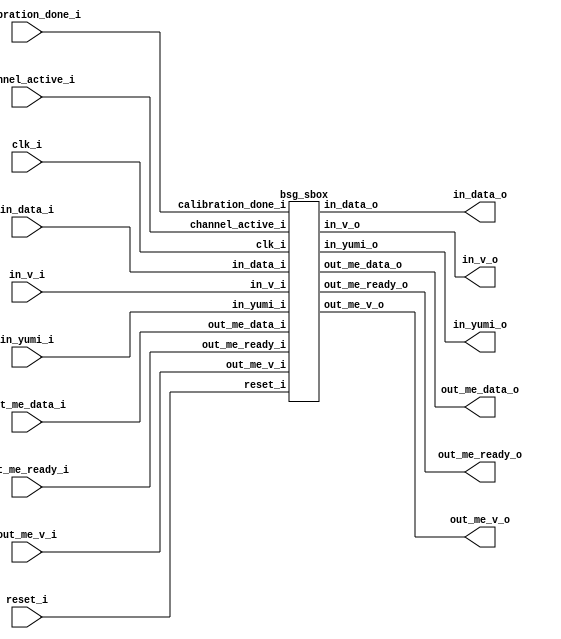
// This program was cloned from: https://github.com/chipsalliance/UHDM-integration-tests
// License: Apache License 2.0



module top
(
  clk_i,
  reset_i,
  calibration_done_i,
  channel_active_i,
  in_v_i,
  in_data_i,
  in_yumi_o,
  in_v_o,
  in_data_o,
  in_yumi_i,
  out_me_v_i,
  out_me_data_i,
  out_me_ready_o,
  out_me_v_o,
  out_me_data_o,
  out_me_ready_i
);

  input [3:0] channel_active_i;
  input [3:0] in_v_i;
  input [63:0] in_data_i;
  output [3:0] in_yumi_o;
  output [3:0] in_v_o;
  output [63:0] in_data_o;
  input [3:0] in_yumi_i;
  input [3:0] out_me_v_i;
  input [63:0] out_me_data_i;
  output [3:0] out_me_ready_o;
  output [3:0] out_me_v_o;
  output [63:0] out_me_data_o;
  input [3:0] out_me_ready_i;
  input clk_i;
  input reset_i;
  input calibration_done_i;

  bsg_sbox
  wrapper
  (
    .channel_active_i(channel_active_i),
    .in_v_i(in_v_i),
    .in_data_i(in_data_i),
    .in_yumi_o(in_yumi_o),
    .in_v_o(in_v_o),
    .in_data_o(in_data_o),
    .in_yumi_i(in_yumi_i),
    .out_me_v_i(out_me_v_i),
    .out_me_data_i(out_me_data_i),
    .out_me_ready_o(out_me_ready_o),
    .out_me_v_o(out_me_v_o),
    .out_me_data_o(out_me_data_o),
    .out_me_ready_i(out_me_ready_i),
    .clk_i(clk_i),
    .reset_i(reset_i),
    .calibration_done_i(calibration_done_i)
  );


endmodule



module bsg_scatter_gather_vec_size_lp4
(
  vec_i,
  fwd_o,
  fwd_datapath_o,
  bk_o,
  bk_datapath_o
);

  input [3:0] vec_i;
  output [7:0] fwd_o;
  output [7:0] fwd_datapath_o;
  output [7:0] bk_o;
  output [7:0] bk_datapath_o;
  wire [7:0] fwd_o,fwd_datapath_o,bk_o,bk_datapath_o;
  wire N0,N1,N2,N3,N4,N5,N6,N7,N8,N9,N10,N11,N12,N13,N14,N15,N16,N17,N18,N19,N20,N21,
  N22,N23,N24,N25,N26,N27,N28,N29,N30,N31,N32,N33,N34,N35,N36,N37,N38,N39,N40,N41,
  N42,N43,N44,N45,N46,N47,N48,N49,N50,N51,N52,N53,N54,N55,N56,N57,N58,N59,N60,N61;
  assign fwd_datapath_o[5] = 1'b0;
  assign fwd_datapath_o[6] = 1'b0;
  assign fwd_datapath_o[7] = 1'b0;
  assign bk_datapath_o[0] = 1'b0;
  assign bk_datapath_o[1] = 1'b0;
  assign bk_datapath_o[3] = 1'b0;
  assign N20 = N16 & N17;
  assign N21 = N18 & N19;
  assign N22 = N20 & N21;
  assign N23 = vec_i[3] | vec_i[2];
  assign N24 = vec_i[1] | N19;
  assign N25 = N23 | N24;
  assign N27 = N18 | vec_i[0];
  assign N28 = N23 | N27;
  assign N30 = N18 | N19;
  assign N31 = N23 | N30;
  assign N33 = vec_i[3] | N17;
  assign N34 = vec_i[1] | vec_i[0];
  assign N35 = N33 | N34;
  assign N37 = N33 | N24;
  assign N39 = N33 | N27;
  assign N41 = N33 | N30;
  assign N43 = N16 | vec_i[2];
  assign N44 = N43 | N34;
  assign N46 = N43 | N24;
  assign N48 = N43 | N27;
  assign N50 = N43 | N30;
  assign N52 = N16 | N17;
  assign N53 = N52 | N34;
  assign N55 = N52 | N24;
  assign N57 = N52 | N27;
  assign N59 = vec_i[3] & vec_i[2];
  assign N60 = vec_i[1] & vec_i[0];
  assign N61 = N59 & N60;
  assign bk_o = (N0)? { 1'b1, 1'b1, 1'b1, 1'b1, 1'b1, 1'b1, 1'b1, 1'b1 } : 
                (N1)? { 1'b1, 1'b1, 1'b1, 1'b1, 1'b1, 1'b1, 1'b0, 1'b0 } : 
                (N2)? { 1'b1, 1'b1, 1'b1, 1'b1, 1'b0, 1'b0, 1'b1, 1'b1 } : 
                (N3)? { 1'b1, 1'b1, 1'b1, 1'b1, 1'b0, 1'b1, 1'b0, 1'b0 } : 
                (N4)? { 1'b1, 1'b1, 1'b0, 1'b0, 1'b1, 1'b1, 1'b1, 1'b1 } : 
                (N5)? { 1'b1, 1'b1, 1'b0, 1'b1, 1'b1, 1'b1, 1'b0, 1'b0 } : 
                (N6)? { 1'b1, 1'b1, 1'b0, 1'b1, 1'b0, 1'b0, 1'b1, 1'b1 } : 
                (N7)? { 1'b1, 1'b1, 1'b1, 1'b0, 1'b0, 1'b1, 1'b0, 1'b0 } : 
                (N8)? { 1'b0, 1'b0, 1'b1, 1'b1, 1'b1, 1'b1, 1'b1, 1'b1 } : 
                (N9)? { 1'b0, 1'b1, 1'b1, 1'b1, 1'b1, 1'b1, 1'b0, 1'b0 } : 
                (N10)? { 1'b0, 1'b1, 1'b1, 1'b1, 1'b0, 1'b0, 1'b1, 1'b1 } : 
                (N11)? { 1'b1, 1'b0, 1'b1, 1'b1, 1'b0, 1'b1, 1'b0, 1'b0 } : 
                (N12)? { 1'b0, 1'b1, 1'b0, 1'b0, 1'b1, 1'b1, 1'b1, 1'b1 } : 
                (N13)? { 1'b1, 1'b0, 1'b0, 1'b1, 1'b1, 1'b1, 1'b0, 1'b0 } : 
                (N14)? { 1'b1, 1'b0, 1'b0, 1'b1, 1'b0, 1'b0, 1'b1, 1'b1 } : 
                (N15)? { 1'b1, 1'b1, 1'b1, 1'b0, 1'b0, 1'b1, 1'b0, 1'b0 } : 1'b0;
  assign N0 = N22;
  assign N1 = N26;
  assign N2 = N29;
  assign N3 = N32;
  assign N4 = N36;
  assign N5 = N38;
  assign N6 = N40;
  assign N7 = N42;
  assign N8 = N45;
  assign N9 = N47;
  assign N10 = N49;
  assign N11 = N51;
  assign N12 = N54;
  assign N13 = N56;
  assign N14 = N58;
  assign N15 = N61;
  assign { bk_datapath_o[7:4], bk_datapath_o[2:2] } = (N0)? { 1'b0, 1'b0, 1'b0, 1'b0, 1'b0 } : 
                                                      (N1)? { 1'b0, 1'b0, 1'b0, 1'b0, 1'b0 } : 
                                                      (N2)? { 1'b0, 1'b0, 1'b0, 1'b0, 1'b0 } : 
                                                      (N3)? { 1'b0, 1'b0, 1'b0, 1'b0, 1'b1 } : 
                                                      (N4)? { 1'b0, 1'b0, 1'b0, 1'b0, 1'b0 } : 
                                                      (N5)? { 1'b0, 1'b0, 1'b0, 1'b1, 1'b0 } : 
                                                      (N6)? { 1'b0, 1'b0, 1'b0, 1'b1, 1'b0 } : 
                                                      (N7)? { 1'b0, 1'b0, 1'b1, 1'b0, 1'b1 } : 
                                                      (N8)? { 1'b0, 1'b0, 1'b0, 1'b0, 1'b0 } : 
                                                      (N9)? { 1'b0, 1'b1, 1'b0, 1'b0, 1'b0 } : 
                                                      (N10)? { 1'b0, 1'b1, 1'b0, 1'b0, 1'b0 } : 
                                                      (N11)? { 1'b1, 1'b0, 1'b0, 1'b0, 1'b1 } : 
                                                      (N12)? { 1'b0, 1'b1, 1'b0, 1'b0, 1'b0 } : 
                                                      (N13)? { 1'b1, 1'b0, 1'b0, 1'b1, 1'b0 } : 
                                                      (N14)? { 1'b1, 1'b0, 1'b0, 1'b1, 1'b0 } : 
                                                      (N15)? { 1'b1, 1'b1, 1'b1, 1'b0, 1'b1 } : 1'b0;
  assign fwd_o = (N0)? { 1'b1, 1'b1, 1'b1, 1'b1, 1'b1, 1'b1, 1'b1, 1'b1 } : 
                 (N1)? { 1'b1, 1'b1, 1'b1, 1'b1, 1'b1, 1'b1, 1'b0, 1'b0 } : 
                 (N2)? { 1'b1, 1'b1, 1'b1, 1'b1, 1'b1, 1'b1, 1'b0, 1'b1 } : 
                 (N3)? { 1'b1, 1'b1, 1'b1, 1'b1, 1'b0, 1'b1, 1'b0, 1'b0 } : 
                 (N4)? { 1'b1, 1'b1, 1'b1, 1'b1, 1'b1, 1'b1, 1'b1, 1'b0 } : 
                 (N5)? { 1'b1, 1'b1, 1'b1, 1'b1, 1'b1, 1'b0, 1'b0, 1'b0 } : 
                 (N6)? { 1'b1, 1'b1, 1'b1, 1'b1, 1'b1, 1'b0, 1'b0, 1'b1 } : 
                 (N7)? { 1'b1, 1'b1, 1'b1, 1'b0, 1'b0, 1'b1, 1'b0, 1'b0 } : 
                 (N8)? { 1'b1, 1'b0, 1'b1, 1'b0, 1'b1, 1'b0, 1'b1, 1'b1 } : 
                 (N9)? { 1'b1, 1'b0, 1'b1, 1'b0, 1'b1, 1'b1, 1'b0, 1'b0 } : 
                 (N10)? { 1'b1, 1'b0, 1'b1, 1'b0, 1'b1, 1'b1, 1'b0, 1'b1 } : 
                 (N11)? { 1'b1, 1'b0, 1'b1, 1'b1, 1'b0, 1'b1, 1'b0, 1'b0 } : 
                 (N12)? { 1'b0, 1'b1, 1'b0, 1'b1, 1'b1, 1'b1, 1'b1, 1'b0 } : 
                 (N13)? { 1'b0, 1'b1, 1'b1, 1'b1, 1'b1, 1'b0, 1'b0, 1'b0 } : 
                 (N14)? { 1'b0, 1'b0, 1'b1, 1'b1, 1'b1, 1'b0, 1'b0, 1'b1 } : 
                 (N15)? { 1'b1, 1'b1, 1'b1, 1'b0, 1'b0, 1'b1, 1'b0, 1'b0 } : 1'b0;
  assign fwd_datapath_o[4:0] = (N0)? { 1'b0, 1'b0, 1'b0, 1'b0, 1'b0 } : 
                               (N1)? { 1'b0, 1'b0, 1'b0, 1'b0, 1'b0 } : 
                               (N2)? { 1'b0, 1'b0, 1'b0, 1'b0, 1'b1 } : 
                               (N3)? { 1'b0, 1'b0, 1'b0, 1'b0, 1'b0 } : 
                               (N4)? { 1'b0, 1'b0, 1'b0, 1'b1, 1'b0 } : 
                               (N5)? { 1'b0, 1'b0, 1'b1, 1'b0, 1'b0 } : 
                               (N6)? { 1'b0, 1'b0, 1'b1, 1'b0, 1'b1 } : 
                               (N7)? { 1'b0, 1'b0, 1'b0, 1'b0, 1'b0 } : 
                               (N8)? { 1'b0, 1'b0, 1'b0, 1'b1, 1'b1 } : 
                               (N9)? { 1'b0, 1'b1, 1'b0, 1'b0, 1'b0 } : 
                               (N10)? { 1'b0, 1'b1, 1'b0, 1'b0, 1'b1 } : 
                               (N11)? { 1'b1, 1'b0, 1'b0, 1'b0, 1'b0 } : 
                               (N12)? { 1'b0, 1'b1, 1'b0, 1'b1, 1'b0 } : 
                               (N13)? { 1'b1, 1'b0, 1'b1, 1'b0, 1'b0 } : 
                               (N14)? { 1'b1, 1'b0, 1'b1, 1'b0, 1'b1 } : 
                               (N15)? { 1'b0, 1'b0, 1'b0, 1'b0, 1'b0 } : 1'b0;
  assign N16 = ~vec_i[3];
  assign N17 = ~vec_i[2];
  assign N18 = ~vec_i[1];
  assign N19 = ~vec_i[0];
  assign N26 = ~N25;
  assign N29 = ~N28;
  assign N32 = ~N31;
  assign N36 = ~N35;
  assign N38 = ~N37;
  assign N40 = ~N39;
  assign N42 = ~N41;
  assign N45 = ~N44;
  assign N47 = ~N46;
  assign N49 = ~N48;
  assign N51 = ~N50;
  assign N54 = ~N53;
  assign N56 = ~N55;
  assign N58 = ~N57;

endmodule



module bsg_sbox
(
  clk_i,
  reset_i,
  calibration_done_i,
  channel_active_i,
  in_v_i,
  in_data_i,
  in_yumi_o,
  in_v_o,
  in_data_o,
  in_yumi_i,
  out_me_v_i,
  out_me_data_i,
  out_me_ready_o,
  out_me_v_o,
  out_me_data_o,
  out_me_ready_i
);

  input [3:0] channel_active_i;
  input [3:0] in_v_i;
  input [63:0] in_data_i;
  output [3:0] in_yumi_o;
  output [3:0] in_v_o;
  output [63:0] in_data_o;
  input [3:0] in_yumi_i;
  input [3:0] out_me_v_i;
  input [63:0] out_me_data_i;
  output [3:0] out_me_ready_o;
  output [3:0] out_me_v_o;
  output [63:0] out_me_data_o;
  input [3:0] out_me_ready_i;
  input clk_i;
  input reset_i;
  input calibration_done_i;
  wire [3:0] in_yumi_o,in_v_o,out_me_ready_o,out_me_v_o;
  wire [63:0] in_data_o,out_me_data_o;
  wire N0,N1,N2,N3,N4,N5,N6,N7,N8,N9,N10,N11,in_data_i_3__15_,in_data_i_3__14_,
  in_data_i_3__13_,in_data_i_3__12_,in_data_i_3__11_,in_data_i_3__10_,in_data_i_3__9_,
  in_data_i_3__8_,in_data_i_3__7_,in_data_i_3__6_,in_data_i_3__5_,in_data_i_3__4_,
  in_data_i_3__3_,in_data_i_3__2_,in_data_i_3__1_,in_data_i_3__0_,
  out_me_data_i_0__15_,out_me_data_i_0__14_,out_me_data_i_0__13_,out_me_data_i_0__12_,
  out_me_data_i_0__11_,out_me_data_i_0__10_,out_me_data_i_0__9_,out_me_data_i_0__8_,
  out_me_data_i_0__7_,out_me_data_i_0__6_,out_me_data_i_0__5_,out_me_data_i_0__4_,
  out_me_data_i_0__3_,out_me_data_i_0__2_,out_me_data_i_0__1_,out_me_data_i_0__0_,
  bk_dpath_sel_r_2,N12,N13,N14,N15,\sbox_0_.fi1hot.fwd_sel_one_hot_r_0__3_ ,
  \sbox_0_.fi1hot.fwd_sel_one_hot_r_0__2_ ,\sbox_0_.fi1hot.fwd_sel_one_hot_r_0__1_ ,
  \sbox_0_.fi1hot.fwd_sel_one_hot_r_0__0_ ,N16,N17,N18,N19,N20,N21,N22,N23,N24,N25,N26,N27,N28,N29,
  N30,N31,N32,N33,N34,N35,N36,N37,N38,N39,N40,N41,
  \sbox_1_.fi1hot.fwd_sel_one_hot_r_1__3_ ,\sbox_1_.fi1hot.fwd_sel_one_hot_r_1__2_ ,
  \sbox_1_.fi1hot.fwd_sel_one_hot_r_1__1_ ,\sbox_1_.fi1hot.fwd_sel_one_hot_r_1__0_ ,N42,N43,N44,N45,N46,N47,N48,
  N49,N50,N51,N52,N53,N54,N55,N56,N57,N58,N59,N60,N61,N62,N63,
  \sbox_2_.fi1hot.fwd_sel_one_hot_r_2__3_ ,\sbox_2_.fi1hot.fwd_sel_one_hot_r_2__2_ ,
  \sbox_2_.fi1hot.fwd_sel_one_hot_r_2__1_ ,\sbox_2_.fi1hot.fwd_sel_one_hot_r_2__0_ ,N64,N65,N66,N67,
  N68,N69,N70,N71,N72,N73,N74,N75,N76,N77,N78,N79,N80,N81,N82,N83,N84,N85,
  \sbox_3_.fi1hot.fwd_sel_one_hot_r_3__3_ ,\sbox_3_.fi1hot.fwd_sel_one_hot_r_3__2_ ,
  \sbox_3_.fi1hot.fwd_sel_one_hot_r_3__1_ ,\sbox_3_.fi1hot.fwd_sel_one_hot_r_3__0_ ,N86,
  N87,N88,N89,N90,N91,N92,N93,N94,N95,N96,N97,N98,N99,N100,N101,N102,N103,N104,
  N105,N106,N107,N108,N109,N110,N111,N112,N113,N114,N115,N116,N117,N118,N119,N120,
  N121,N122,N123,N124,N125,N126,N127,N128,N129,N130,N131;
  wire [7:0] fwd_sel,fwd_dpath_sel,bk_sel,bk_dpath_sel,fwd_sel_r,bk_sel_r;
  wire [4:0] fwd_dpath_sel_r;
  wire [7:4] bk_dpath_sel_r;
  reg fwd_sel_r_7_sv2v_reg,fwd_sel_r_6_sv2v_reg,fwd_sel_r_5_sv2v_reg,
  fwd_sel_r_4_sv2v_reg,fwd_sel_r_3_sv2v_reg,fwd_sel_r_2_sv2v_reg,fwd_sel_r_1_sv2v_reg,
  fwd_sel_r_0_sv2v_reg,fwd_dpath_sel_r_4_sv2v_reg,fwd_dpath_sel_r_3_sv2v_reg,
  fwd_dpath_sel_r_2_sv2v_reg,fwd_dpath_sel_r_1_sv2v_reg,fwd_dpath_sel_r_0_sv2v_reg,
  bk_sel_r_7_sv2v_reg,bk_sel_r_6_sv2v_reg,bk_sel_r_5_sv2v_reg,bk_sel_r_4_sv2v_reg,
  bk_sel_r_3_sv2v_reg,bk_sel_r_2_sv2v_reg,bk_sel_r_1_sv2v_reg,bk_sel_r_0_sv2v_reg,
  bk_dpath_sel_r_7_sv2v_reg,bk_dpath_sel_r_6_sv2v_reg,bk_dpath_sel_r_5_sv2v_reg,
  bk_dpath_sel_r_4_sv2v_reg,bk_dpath_sel_r_2_sv2v_reg,
  \sbox_0_.fi1hot.fwd_sel_one_hot_r_0__3__sv2v_reg ,\sbox_0_.fi1hot.fwd_sel_one_hot_r_0__2__sv2v_reg ,
  \sbox_0_.fi1hot.fwd_sel_one_hot_r_0__1__sv2v_reg ,\sbox_0_.fi1hot.fwd_sel_one_hot_r_0__0__sv2v_reg ,
  \sbox_1_.fi1hot.fwd_sel_one_hot_r_1__3__sv2v_reg ,
  \sbox_1_.fi1hot.fwd_sel_one_hot_r_1__2__sv2v_reg ,\sbox_1_.fi1hot.fwd_sel_one_hot_r_1__1__sv2v_reg ,
  \sbox_1_.fi1hot.fwd_sel_one_hot_r_1__0__sv2v_reg ,
  \sbox_2_.fi1hot.fwd_sel_one_hot_r_2__3__sv2v_reg ,\sbox_2_.fi1hot.fwd_sel_one_hot_r_2__2__sv2v_reg ,
  \sbox_2_.fi1hot.fwd_sel_one_hot_r_2__1__sv2v_reg ,\sbox_2_.fi1hot.fwd_sel_one_hot_r_2__0__sv2v_reg ,
  \sbox_3_.fi1hot.fwd_sel_one_hot_r_3__3__sv2v_reg ,
  \sbox_3_.fi1hot.fwd_sel_one_hot_r_3__2__sv2v_reg ,\sbox_3_.fi1hot.fwd_sel_one_hot_r_3__1__sv2v_reg ,
  \sbox_3_.fi1hot.fwd_sel_one_hot_r_3__0__sv2v_reg ;
  assign fwd_sel_r[7] = fwd_sel_r_7_sv2v_reg;
  assign fwd_sel_r[6] = fwd_sel_r_6_sv2v_reg;
  assign fwd_sel_r[5] = fwd_sel_r_5_sv2v_reg;
  assign fwd_sel_r[4] = fwd_sel_r_4_sv2v_reg;
  assign fwd_sel_r[3] = fwd_sel_r_3_sv2v_reg;
  assign fwd_sel_r[2] = fwd_sel_r_2_sv2v_reg;
  assign fwd_sel_r[1] = fwd_sel_r_1_sv2v_reg;
  assign fwd_sel_r[0] = fwd_sel_r_0_sv2v_reg;
  assign fwd_dpath_sel_r[4] = fwd_dpath_sel_r_4_sv2v_reg;
  assign fwd_dpath_sel_r[3] = fwd_dpath_sel_r_3_sv2v_reg;
  assign fwd_dpath_sel_r[2] = fwd_dpath_sel_r_2_sv2v_reg;
  assign fwd_dpath_sel_r[1] = fwd_dpath_sel_r_1_sv2v_reg;
  assign fwd_dpath_sel_r[0] = fwd_dpath_sel_r_0_sv2v_reg;
  assign bk_sel_r[7] = bk_sel_r_7_sv2v_reg;
  assign bk_sel_r[6] = bk_sel_r_6_sv2v_reg;
  assign bk_sel_r[5] = bk_sel_r_5_sv2v_reg;
  assign bk_sel_r[4] = bk_sel_r_4_sv2v_reg;
  assign bk_sel_r[3] = bk_sel_r_3_sv2v_reg;
  assign bk_sel_r[2] = bk_sel_r_2_sv2v_reg;
  assign bk_sel_r[1] = bk_sel_r_1_sv2v_reg;
  assign bk_sel_r[0] = bk_sel_r_0_sv2v_reg;
  assign bk_dpath_sel_r[7] = bk_dpath_sel_r_7_sv2v_reg;
  assign bk_dpath_sel_r[6] = bk_dpath_sel_r_6_sv2v_reg;
  assign bk_dpath_sel_r[5] = bk_dpath_sel_r_5_sv2v_reg;
  assign bk_dpath_sel_r[4] = bk_dpath_sel_r_4_sv2v_reg;
  assign bk_dpath_sel_r_2 = bk_dpath_sel_r_2_sv2v_reg;
  assign \sbox_0_.fi1hot.fwd_sel_one_hot_r_0__3_  = \sbox_0_.fi1hot.fwd_sel_one_hot_r_0__3__sv2v_reg ;
  assign \sbox_0_.fi1hot.fwd_sel_one_hot_r_0__2_  = \sbox_0_.fi1hot.fwd_sel_one_hot_r_0__2__sv2v_reg ;
  assign \sbox_0_.fi1hot.fwd_sel_one_hot_r_0__1_  = \sbox_0_.fi1hot.fwd_sel_one_hot_r_0__1__sv2v_reg ;
  assign \sbox_0_.fi1hot.fwd_sel_one_hot_r_0__0_  = \sbox_0_.fi1hot.fwd_sel_one_hot_r_0__0__sv2v_reg ;
  assign \sbox_1_.fi1hot.fwd_sel_one_hot_r_1__3_  = \sbox_1_.fi1hot.fwd_sel_one_hot_r_1__3__sv2v_reg ;
  assign \sbox_1_.fi1hot.fwd_sel_one_hot_r_1__2_  = \sbox_1_.fi1hot.fwd_sel_one_hot_r_1__2__sv2v_reg ;
  assign \sbox_1_.fi1hot.fwd_sel_one_hot_r_1__1_  = \sbox_1_.fi1hot.fwd_sel_one_hot_r_1__1__sv2v_reg ;
  assign \sbox_1_.fi1hot.fwd_sel_one_hot_r_1__0_  = \sbox_1_.fi1hot.fwd_sel_one_hot_r_1__0__sv2v_reg ;
  assign \sbox_2_.fi1hot.fwd_sel_one_hot_r_2__3_  = \sbox_2_.fi1hot.fwd_sel_one_hot_r_2__3__sv2v_reg ;
  assign \sbox_2_.fi1hot.fwd_sel_one_hot_r_2__2_  = \sbox_2_.fi1hot.fwd_sel_one_hot_r_2__2__sv2v_reg ;
  assign \sbox_2_.fi1hot.fwd_sel_one_hot_r_2__1_  = \sbox_2_.fi1hot.fwd_sel_one_hot_r_2__1__sv2v_reg ;
  assign \sbox_2_.fi1hot.fwd_sel_one_hot_r_2__0_  = \sbox_2_.fi1hot.fwd_sel_one_hot_r_2__0__sv2v_reg ;
  assign \sbox_3_.fi1hot.fwd_sel_one_hot_r_3__3_  = \sbox_3_.fi1hot.fwd_sel_one_hot_r_3__3__sv2v_reg ;
  assign \sbox_3_.fi1hot.fwd_sel_one_hot_r_3__2_  = \sbox_3_.fi1hot.fwd_sel_one_hot_r_3__2__sv2v_reg ;
  assign \sbox_3_.fi1hot.fwd_sel_one_hot_r_3__1_  = \sbox_3_.fi1hot.fwd_sel_one_hot_r_3__1__sv2v_reg ;
  assign \sbox_3_.fi1hot.fwd_sel_one_hot_r_3__0_  = \sbox_3_.fi1hot.fwd_sel_one_hot_r_3__0__sv2v_reg ;
  assign in_data_i_3__15_ = in_data_i[63];
  assign in_data_o[63] = in_data_i_3__15_;
  assign in_data_i_3__14_ = in_data_i[62];
  assign in_data_o[62] = in_data_i_3__14_;
  assign in_data_i_3__13_ = in_data_i[61];
  assign in_data_o[61] = in_data_i_3__13_;
  assign in_data_i_3__12_ = in_data_i[60];
  assign in_data_o[60] = in_data_i_3__12_;
  assign in_data_i_3__11_ = in_data_i[59];
  assign in_data_o[59] = in_data_i_3__11_;
  assign in_data_i_3__10_ = in_data_i[58];
  assign in_data_o[58] = in_data_i_3__10_;
  assign in_data_i_3__9_ = in_data_i[57];
  assign in_data_o[57] = in_data_i_3__9_;
  assign in_data_i_3__8_ = in_data_i[56];
  assign in_data_o[56] = in_data_i_3__8_;
  assign in_data_i_3__7_ = in_data_i[55];
  assign in_data_o[55] = in_data_i_3__7_;
  assign in_data_i_3__6_ = in_data_i[54];
  assign in_data_o[54] = in_data_i_3__6_;
  assign in_data_i_3__5_ = in_data_i[53];
  assign in_data_o[53] = in_data_i_3__5_;
  assign in_data_i_3__4_ = in_data_i[52];
  assign in_data_o[52] = in_data_i_3__4_;
  assign in_data_i_3__3_ = in_data_i[51];
  assign in_data_o[51] = in_data_i_3__3_;
  assign in_data_i_3__2_ = in_data_i[50];
  assign in_data_o[50] = in_data_i_3__2_;
  assign in_data_i_3__1_ = in_data_i[49];
  assign in_data_o[49] = in_data_i_3__1_;
  assign in_data_i_3__0_ = in_data_i[48];
  assign in_data_o[48] = in_data_i_3__0_;
  assign out_me_data_i_0__15_ = out_me_data_i[15];
  assign out_me_data_o[15] = out_me_data_i_0__15_;
  assign out_me_data_i_0__14_ = out_me_data_i[14];
  assign out_me_data_o[14] = out_me_data_i_0__14_;
  assign out_me_data_i_0__13_ = out_me_data_i[13];
  assign out_me_data_o[13] = out_me_data_i_0__13_;
  assign out_me_data_i_0__12_ = out_me_data_i[12];
  assign out_me_data_o[12] = out_me_data_i_0__12_;
  assign out_me_data_i_0__11_ = out_me_data_i[11];
  assign out_me_data_o[11] = out_me_data_i_0__11_;
  assign out_me_data_i_0__10_ = out_me_data_i[10];
  assign out_me_data_o[10] = out_me_data_i_0__10_;
  assign out_me_data_i_0__9_ = out_me_data_i[9];
  assign out_me_data_o[9] = out_me_data_i_0__9_;
  assign out_me_data_i_0__8_ = out_me_data_i[8];
  assign out_me_data_o[8] = out_me_data_i_0__8_;
  assign out_me_data_i_0__7_ = out_me_data_i[7];
  assign out_me_data_o[7] = out_me_data_i_0__7_;
  assign out_me_data_i_0__6_ = out_me_data_i[6];
  assign out_me_data_o[6] = out_me_data_i_0__6_;
  assign out_me_data_i_0__5_ = out_me_data_i[5];
  assign out_me_data_o[5] = out_me_data_i_0__5_;
  assign out_me_data_i_0__4_ = out_me_data_i[4];
  assign out_me_data_o[4] = out_me_data_i_0__4_;
  assign out_me_data_i_0__3_ = out_me_data_i[3];
  assign out_me_data_o[3] = out_me_data_i_0__3_;
  assign out_me_data_i_0__2_ = out_me_data_i[2];
  assign out_me_data_o[2] = out_me_data_i_0__2_;
  assign out_me_data_i_0__1_ = out_me_data_i[1];
  assign out_me_data_o[1] = out_me_data_i_0__1_;
  assign out_me_data_i_0__0_ = out_me_data_i[0];
  assign out_me_data_o[0] = out_me_data_i_0__0_;

  bsg_scatter_gather_vec_size_lp4
  bsg
  (
    .vec_i(channel_active_i),
    .fwd_o(fwd_sel),
    .fwd_datapath_o(fwd_dpath_sel),
    .bk_o(bk_sel),
    .bk_datapath_o(bk_dpath_sel)
  );

  assign in_yumi_o[0] = (N18)? in_yumi_i[0] : 
                        (N20)? in_yumi_i[1] : 
                        (N19)? in_yumi_i[2] : 
                        (N21)? in_yumi_i[3] : 1'b0;
  assign in_data_o[15] = (N24)? in_data_i[15] : 
                         (N26)? in_data_i[31] : 
                         (N25)? in_data_i[47] : 
                         (N27)? in_data_i_3__15_ : 1'b0;
  assign in_data_o[14] = (N24)? in_data_i[14] : 
                         (N26)? in_data_i[30] : 
                         (N25)? in_data_i[46] : 
                         (N27)? in_data_i_3__14_ : 1'b0;
  assign in_data_o[13] = (N24)? in_data_i[13] : 
                         (N26)? in_data_i[29] : 
                         (N25)? in_data_i[45] : 
                         (N27)? in_data_i_3__13_ : 1'b0;
  assign in_data_o[12] = (N24)? in_data_i[12] : 
                         (N26)? in_data_i[28] : 
                         (N25)? in_data_i[44] : 
                         (N27)? in_data_i_3__12_ : 1'b0;
  assign in_data_o[11] = (N24)? in_data_i[11] : 
                         (N26)? in_data_i[27] : 
                         (N25)? in_data_i[43] : 
                         (N27)? in_data_i_3__11_ : 1'b0;
  assign in_data_o[10] = (N24)? in_data_i[10] : 
                         (N26)? in_data_i[26] : 
                         (N25)? in_data_i[42] : 
                         (N27)? in_data_i_3__10_ : 1'b0;
  assign in_data_o[9] = (N24)? in_data_i[9] : 
                        (N26)? in_data_i[25] : 
                        (N25)? in_data_i[41] : 
                        (N27)? in_data_i_3__9_ : 1'b0;
  assign in_data_o[8] = (N24)? in_data_i[8] : 
                        (N26)? in_data_i[24] : 
                        (N25)? in_data_i[40] : 
                        (N27)? in_data_i_3__8_ : 1'b0;
  assign in_data_o[7] = (N24)? in_data_i[7] : 
                        (N26)? in_data_i[23] : 
                        (N25)? in_data_i[39] : 
                        (N27)? in_data_i_3__7_ : 1'b0;
  assign in_data_o[6] = (N24)? in_data_i[6] : 
                        (N26)? in_data_i[22] : 
                        (N25)? in_data_i[38] : 
                        (N27)? in_data_i_3__6_ : 1'b0;
  assign in_data_o[5] = (N24)? in_data_i[5] : 
                        (N26)? in_data_i[21] : 
                        (N25)? in_data_i[37] : 
                        (N27)? in_data_i_3__5_ : 1'b0;
  assign in_data_o[4] = (N24)? in_data_i[4] : 
                        (N26)? in_data_i[20] : 
                        (N25)? in_data_i[36] : 
                        (N27)? in_data_i_3__4_ : 1'b0;
  assign in_data_o[3] = (N24)? in_data_i[3] : 
                        (N26)? in_data_i[19] : 
                        (N25)? in_data_i[35] : 
                        (N27)? in_data_i_3__3_ : 1'b0;
  assign in_data_o[2] = (N24)? in_data_i[2] : 
                        (N26)? in_data_i[18] : 
                        (N25)? in_data_i[34] : 
                        (N27)? in_data_i_3__2_ : 1'b0;
  assign in_data_o[1] = (N24)? in_data_i[1] : 
                        (N26)? in_data_i[17] : 
                        (N25)? in_data_i[33] : 
                        (N27)? in_data_i_3__1_ : 1'b0;
  assign in_data_o[0] = (N24)? in_data_i[0] : 
                        (N26)? in_data_i[16] : 
                        (N25)? in_data_i[32] : 
                        (N27)? in_data_i_3__0_ : 1'b0;
  assign out_me_v_o[0] = (N28)? out_me_v_i[0] : 
                         (N30)? out_me_v_i[1] : 
                         (N29)? out_me_v_i[2] : 
                         (N31)? out_me_v_i[3] : 1'b0;
  assign out_me_ready_o[0] = (N34)? out_me_ready_i[0] : 
                             (N36)? out_me_ready_i[1] : 
                             (N35)? out_me_ready_i[2] : 
                             (N37)? out_me_ready_i[3] : 1'b0;
  assign in_yumi_o[1] = (N44)? in_yumi_i[0] : 
                        (N46)? in_yumi_i[1] : 
                        (N45)? in_yumi_i[2] : 
                        (N47)? in_yumi_i[3] : 1'b0;
  assign out_me_v_o[1] = (N49)? out_me_v_i[0] : 
                         (N51)? out_me_v_i[1] : 
                         (N50)? out_me_v_i[2] : 
                         (N52)? out_me_v_i[3] : 1'b0;
  assign out_me_ready_o[1] = (N55)? out_me_ready_i[0] : 
                             (N57)? out_me_ready_i[1] : 
                             (N56)? out_me_ready_i[2] : 
                             (N58)? out_me_ready_i[3] : 1'b0;
  assign out_me_data_o[31] = (N59)? out_me_data_i_0__15_ : 
                             (N0)? out_me_data_i[31] : 1'b0;
  assign N0 = bk_dpath_sel_r_2;
  assign out_me_data_o[30] = (N59)? out_me_data_i_0__14_ : 
                             (N0)? out_me_data_i[30] : 1'b0;
  assign out_me_data_o[29] = (N59)? out_me_data_i_0__13_ : 
                             (N0)? out_me_data_i[29] : 1'b0;
  assign out_me_data_o[28] = (N59)? out_me_data_i_0__12_ : 
                             (N0)? out_me_data_i[28] : 1'b0;
  assign out_me_data_o[27] = (N59)? out_me_data_i_0__11_ : 
                             (N0)? out_me_data_i[27] : 1'b0;
  assign out_me_data_o[26] = (N59)? out_me_data_i_0__10_ : 
                             (N0)? out_me_data_i[26] : 1'b0;
  assign out_me_data_o[25] = (N59)? out_me_data_i_0__9_ : 
                             (N0)? out_me_data_i[25] : 1'b0;
  assign out_me_data_o[24] = (N59)? out_me_data_i_0__8_ : 
                             (N0)? out_me_data_i[24] : 1'b0;
  assign out_me_data_o[23] = (N59)? out_me_data_i_0__7_ : 
                             (N0)? out_me_data_i[23] : 1'b0;
  assign out_me_data_o[22] = (N59)? out_me_data_i_0__6_ : 
                             (N0)? out_me_data_i[22] : 1'b0;
  assign out_me_data_o[21] = (N59)? out_me_data_i_0__5_ : 
                             (N0)? out_me_data_i[21] : 1'b0;
  assign out_me_data_o[20] = (N59)? out_me_data_i_0__4_ : 
                             (N0)? out_me_data_i[20] : 1'b0;
  assign out_me_data_o[19] = (N59)? out_me_data_i_0__3_ : 
                             (N0)? out_me_data_i[19] : 1'b0;
  assign out_me_data_o[18] = (N59)? out_me_data_i_0__2_ : 
                             (N0)? out_me_data_i[18] : 1'b0;
  assign out_me_data_o[17] = (N59)? out_me_data_i_0__1_ : 
                             (N0)? out_me_data_i[17] : 1'b0;
  assign out_me_data_o[16] = (N59)? out_me_data_i_0__0_ : 
                             (N0)? out_me_data_i[16] : 1'b0;
  assign in_yumi_o[2] = (N66)? in_yumi_i[0] : 
                        (N68)? in_yumi_i[1] : 
                        (N67)? in_yumi_i[2] : 
                        (N69)? in_yumi_i[3] : 1'b0;
  assign in_data_o[47] = (N70)? in_data_i[47] : 
                         (N1)? in_data_i_3__15_ : 1'b0;
  assign N1 = fwd_dpath_sel_r[4];
  assign in_data_o[46] = (N70)? in_data_i[46] : 
                         (N1)? in_data_i_3__14_ : 1'b0;
  assign in_data_o[45] = (N70)? in_data_i[45] : 
                         (N1)? in_data_i_3__13_ : 1'b0;
  assign in_data_o[44] = (N70)? in_data_i[44] : 
                         (N1)? in_data_i_3__12_ : 1'b0;
  assign in_data_o[43] = (N70)? in_data_i[43] : 
                         (N1)? in_data_i_3__11_ : 1'b0;
  assign in_data_o[42] = (N70)? in_data_i[42] : 
                         (N1)? in_data_i_3__10_ : 1'b0;
  assign in_data_o[41] = (N70)? in_data_i[41] : 
                         (N1)? in_data_i_3__9_ : 1'b0;
  assign in_data_o[40] = (N70)? in_data_i[40] : 
                         (N1)? in_data_i_3__8_ : 1'b0;
  assign in_data_o[39] = (N70)? in_data_i[39] : 
                         (N1)? in_data_i_3__7_ : 1'b0;
  assign in_data_o[38] = (N70)? in_data_i[38] : 
                         (N1)? in_data_i_3__6_ : 1'b0;
  assign in_data_o[37] = (N70)? in_data_i[37] : 
                         (N1)? in_data_i_3__5_ : 1'b0;
  assign in_data_o[36] = (N70)? in_data_i[36] : 
                         (N1)? in_data_i_3__4_ : 1'b0;
  assign in_data_o[35] = (N70)? in_data_i[35] : 
                         (N1)? in_data_i_3__3_ : 1'b0;
  assign in_data_o[34] = (N70)? in_data_i[34] : 
                         (N1)? in_data_i_3__2_ : 1'b0;
  assign in_data_o[33] = (N70)? in_data_i[33] : 
                         (N1)? in_data_i_3__1_ : 1'b0;
  assign in_data_o[32] = (N70)? in_data_i[32] : 
                         (N1)? in_data_i_3__0_ : 1'b0;
  assign out_me_v_o[2] = (N71)? out_me_v_i[0] : 
                         (N73)? out_me_v_i[1] : 
                         (N72)? out_me_v_i[2] : 
                         (N74)? out_me_v_i[3] : 1'b0;
  assign out_me_ready_o[2] = (N77)? out_me_ready_i[0] : 
                             (N79)? out_me_ready_i[1] : 
                             (N78)? out_me_ready_i[2] : 
                             (N80)? out_me_ready_i[3] : 1'b0;
  assign in_yumi_o[3] = (N88)? in_yumi_i[0] : 
                        (N90)? in_yumi_i[1] : 
                        (N89)? in_yumi_i[2] : 
                        (N91)? in_yumi_i[3] : 1'b0;
  assign out_me_v_o[3] = (N92)? out_me_v_i[0] : 
                         (N94)? out_me_v_i[1] : 
                         (N93)? out_me_v_i[2] : 
                         (N95)? out_me_v_i[3] : 1'b0;
  assign out_me_ready_o[3] = (N98)? out_me_ready_i[0] : 
                             (N100)? out_me_ready_i[1] : 
                             (N99)? out_me_ready_i[2] : 
                             (N101)? out_me_ready_i[3] : 1'b0;
  assign out_me_data_o[63] = (N104)? out_me_data_i_0__15_ : 
                             (N106)? out_me_data_i[31] : 
                             (N105)? out_me_data_i[47] : 
                             (N107)? out_me_data_i[63] : 1'b0;
  assign out_me_data_o[62] = (N104)? out_me_data_i_0__14_ : 
                             (N106)? out_me_data_i[30] : 
                             (N105)? out_me_data_i[46] : 
                             (N107)? out_me_data_i[62] : 1'b0;
  assign out_me_data_o[61] = (N104)? out_me_data_i_0__13_ : 
                             (N106)? out_me_data_i[29] : 
                             (N105)? out_me_data_i[45] : 
                             (N107)? out_me_data_i[61] : 1'b0;
  assign out_me_data_o[60] = (N104)? out_me_data_i_0__12_ : 
                             (N106)? out_me_data_i[28] : 
                             (N105)? out_me_data_i[44] : 
                             (N107)? out_me_data_i[60] : 1'b0;
  assign out_me_data_o[59] = (N104)? out_me_data_i_0__11_ : 
                             (N106)? out_me_data_i[27] : 
                             (N105)? out_me_data_i[43] : 
                             (N107)? out_me_data_i[59] : 1'b0;
  assign out_me_data_o[58] = (N104)? out_me_data_i_0__10_ : 
                             (N106)? out_me_data_i[26] : 
                             (N105)? out_me_data_i[42] : 
                             (N107)? out_me_data_i[58] : 1'b0;
  assign out_me_data_o[57] = (N104)? out_me_data_i_0__9_ : 
                             (N106)? out_me_data_i[25] : 
                             (N105)? out_me_data_i[41] : 
                             (N107)? out_me_data_i[57] : 1'b0;
  assign out_me_data_o[56] = (N104)? out_me_data_i_0__8_ : 
                             (N106)? out_me_data_i[24] : 
                             (N105)? out_me_data_i[40] : 
                             (N107)? out_me_data_i[56] : 1'b0;
  assign out_me_data_o[55] = (N104)? out_me_data_i_0__7_ : 
                             (N106)? out_me_data_i[23] : 
                             (N105)? out_me_data_i[39] : 
                             (N107)? out_me_data_i[55] : 1'b0;
  assign out_me_data_o[54] = (N104)? out_me_data_i_0__6_ : 
                             (N106)? out_me_data_i[22] : 
                             (N105)? out_me_data_i[38] : 
                             (N107)? out_me_data_i[54] : 1'b0;
  assign out_me_data_o[53] = (N104)? out_me_data_i_0__5_ : 
                             (N106)? out_me_data_i[21] : 
                             (N105)? out_me_data_i[37] : 
                             (N107)? out_me_data_i[53] : 1'b0;
  assign out_me_data_o[52] = (N104)? out_me_data_i_0__4_ : 
                             (N106)? out_me_data_i[20] : 
                             (N105)? out_me_data_i[36] : 
                             (N107)? out_me_data_i[52] : 1'b0;
  assign out_me_data_o[51] = (N104)? out_me_data_i_0__3_ : 
                             (N106)? out_me_data_i[19] : 
                             (N105)? out_me_data_i[35] : 
                             (N107)? out_me_data_i[51] : 1'b0;
  assign out_me_data_o[50] = (N104)? out_me_data_i_0__2_ : 
                             (N106)? out_me_data_i[18] : 
                             (N105)? out_me_data_i[34] : 
                             (N107)? out_me_data_i[50] : 1'b0;
  assign out_me_data_o[49] = (N104)? out_me_data_i_0__1_ : 
                             (N106)? out_me_data_i[17] : 
                             (N105)? out_me_data_i[33] : 
                             (N107)? out_me_data_i[49] : 1'b0;
  assign out_me_data_o[48] = (N104)? out_me_data_i_0__0_ : 
                             (N106)? out_me_data_i[16] : 
                             (N105)? out_me_data_i[32] : 
                             (N107)? out_me_data_i[48] : 1'b0;
  assign { N15, N14, N13, N12 } = { 1'b0, 1'b0, 1'b0, 1'b1 } << fwd_sel[1:0];
  assign { N41, N40, N39, N38 } = { 1'b0, 1'b0, 1'b0, 1'b1 } << fwd_sel[3:2];
  assign { N63, N62, N61, N60 } = { 1'b0, 1'b0, 1'b0, 1'b1 } << fwd_sel[5:4];
  assign { N85, N84, N83, N82 } = { 1'b0, 1'b0, 1'b0, 1'b1 } << fwd_sel[7:6];
  assign N48 = N2 & N3;
  assign N2 = ~fwd_dpath_sel_r[2];
  assign N3 = ~fwd_dpath_sel_r[3];
  assign N81 = N4 & N5;
  assign N4 = ~bk_dpath_sel_r[4];
  assign N5 = ~bk_dpath_sel_r[5];
  assign in_data_o[31] = (N6)? in_data_i[31] : 
                         (N7)? in_data_i[47] : 
                         (N8)? in_data_i_3__15_ : 1'b0;
  assign N6 = N48;
  assign N7 = fwd_dpath_sel_r[2];
  assign N8 = fwd_dpath_sel_r[3];
  assign in_data_o[30] = (N6)? in_data_i[30] : 
                         (N7)? in_data_i[46] : 
                         (N8)? in_data_i_3__14_ : 1'b0;
  assign in_data_o[29] = (N6)? in_data_i[29] : 
                         (N7)? in_data_i[45] : 
                         (N8)? in_data_i_3__13_ : 1'b0;
  assign in_data_o[28] = (N6)? in_data_i[28] : 
                         (N7)? in_data_i[44] : 
                         (N8)? in_data_i_3__12_ : 1'b0;
  assign in_data_o[27] = (N6)? in_data_i[27] : 
                         (N7)? in_data_i[43] : 
                         (N8)? in_data_i_3__11_ : 1'b0;
  assign in_data_o[26] = (N6)? in_data_i[26] : 
                         (N7)? in_data_i[42] : 
                         (N8)? in_data_i_3__10_ : 1'b0;
  assign in_data_o[25] = (N6)? in_data_i[25] : 
                         (N7)? in_data_i[41] : 
                         (N8)? in_data_i_3__9_ : 1'b0;
  assign in_data_o[24] = (N6)? in_data_i[24] : 
                         (N7)? in_data_i[40] : 
                         (N8)? in_data_i_3__8_ : 1'b0;
  assign in_data_o[23] = (N6)? in_data_i[23] : 
                         (N7)? in_data_i[39] : 
                         (N8)? in_data_i_3__7_ : 1'b0;
  assign in_data_o[22] = (N6)? in_data_i[22] : 
                         (N7)? in_data_i[38] : 
                         (N8)? in_data_i_3__6_ : 1'b0;
  assign in_data_o[21] = (N6)? in_data_i[21] : 
                         (N7)? in_data_i[37] : 
                         (N8)? in_data_i_3__5_ : 1'b0;
  assign in_data_o[20] = (N6)? in_data_i[20] : 
                         (N7)? in_data_i[36] : 
                         (N8)? in_data_i_3__4_ : 1'b0;
  assign in_data_o[19] = (N6)? in_data_i[19] : 
                         (N7)? in_data_i[35] : 
                         (N8)? in_data_i_3__3_ : 1'b0;
  assign in_data_o[18] = (N6)? in_data_i[18] : 
                         (N7)? in_data_i[34] : 
                         (N8)? in_data_i_3__2_ : 1'b0;
  assign in_data_o[17] = (N6)? in_data_i[17] : 
                         (N7)? in_data_i[33] : 
                         (N8)? in_data_i_3__1_ : 1'b0;
  assign in_data_o[16] = (N6)? in_data_i[16] : 
                         (N7)? in_data_i[32] : 
                         (N8)? in_data_i_3__0_ : 1'b0;
  assign out_me_data_o[47] = (N9)? out_me_data_i_0__15_ : 
                             (N10)? out_me_data_i[31] : 
                             (N11)? out_me_data_i[47] : 1'b0;
  assign N9 = N81;
  assign N10 = bk_dpath_sel_r[4];
  assign N11 = bk_dpath_sel_r[5];
  assign out_me_data_o[46] = (N9)? out_me_data_i_0__14_ : 
                             (N10)? out_me_data_i[30] : 
                             (N11)? out_me_data_i[46] : 1'b0;
  assign out_me_data_o[45] = (N9)? out_me_data_i_0__13_ : 
                             (N10)? out_me_data_i[29] : 
                             (N11)? out_me_data_i[45] : 1'b0;
  assign out_me_data_o[44] = (N9)? out_me_data_i_0__12_ : 
                             (N10)? out_me_data_i[28] : 
                             (N11)? out_me_data_i[44] : 1'b0;
  assign out_me_data_o[43] = (N9)? out_me_data_i_0__11_ : 
                             (N10)? out_me_data_i[27] : 
                             (N11)? out_me_data_i[43] : 1'b0;
  assign out_me_data_o[42] = (N9)? out_me_data_i_0__10_ : 
                             (N10)? out_me_data_i[26] : 
                             (N11)? out_me_data_i[42] : 1'b0;
  assign out_me_data_o[41] = (N9)? out_me_data_i_0__9_ : 
                             (N10)? out_me_data_i[25] : 
                             (N11)? out_me_data_i[41] : 1'b0;
  assign out_me_data_o[40] = (N9)? out_me_data_i_0__8_ : 
                             (N10)? out_me_data_i[24] : 
                             (N11)? out_me_data_i[40] : 1'b0;
  assign out_me_data_o[39] = (N9)? out_me_data_i_0__7_ : 
                             (N10)? out_me_data_i[23] : 
                             (N11)? out_me_data_i[39] : 1'b0;
  assign out_me_data_o[38] = (N9)? out_me_data_i_0__6_ : 
                             (N10)? out_me_data_i[22] : 
                             (N11)? out_me_data_i[38] : 1'b0;
  assign out_me_data_o[37] = (N9)? out_me_data_i_0__5_ : 
                             (N10)? out_me_data_i[21] : 
                             (N11)? out_me_data_i[37] : 1'b0;
  assign out_me_data_o[36] = (N9)? out_me_data_i_0__4_ : 
                             (N10)? out_me_data_i[20] : 
                             (N11)? out_me_data_i[36] : 1'b0;
  assign out_me_data_o[35] = (N9)? out_me_data_i_0__3_ : 
                             (N10)? out_me_data_i[19] : 
                             (N11)? out_me_data_i[35] : 1'b0;
  assign out_me_data_o[34] = (N9)? out_me_data_i_0__2_ : 
                             (N10)? out_me_data_i[18] : 
                             (N11)? out_me_data_i[34] : 1'b0;
  assign out_me_data_o[33] = (N9)? out_me_data_i_0__1_ : 
                             (N10)? out_me_data_i[17] : 
                             (N11)? out_me_data_i[33] : 1'b0;
  assign out_me_data_o[32] = (N9)? out_me_data_i_0__0_ : 
                             (N10)? out_me_data_i[16] : 
                             (N11)? out_me_data_i[32] : 1'b0;
  assign in_v_o[0] = N112 | N113;
  assign N112 = N110 | N111;
  assign N110 = N108 | N109;
  assign N108 = in_v_i[3] & \sbox_0_.fi1hot.fwd_sel_one_hot_r_0__3_ ;
  assign N109 = in_v_i[2] & \sbox_0_.fi1hot.fwd_sel_one_hot_r_0__2_ ;
  assign N111 = in_v_i[1] & \sbox_0_.fi1hot.fwd_sel_one_hot_r_0__1_ ;
  assign N113 = in_v_i[0] & \sbox_0_.fi1hot.fwd_sel_one_hot_r_0__0_ ;
  assign N16 = ~bk_sel_r[0];
  assign N17 = ~bk_sel_r[1];
  assign N18 = N16 & N17;
  assign N19 = N16 & bk_sel_r[1];
  assign N20 = bk_sel_r[0] & N17;
  assign N21 = bk_sel_r[0] & bk_sel_r[1];
  assign N22 = ~fwd_dpath_sel_r[0];
  assign N23 = ~fwd_dpath_sel_r[1];
  assign N24 = N22 & N23;
  assign N25 = N22 & fwd_dpath_sel_r[1];
  assign N26 = fwd_dpath_sel_r[0] & N23;
  assign N27 = fwd_dpath_sel_r[0] & fwd_dpath_sel_r[1];
  assign N28 = N16 & N17;
  assign N29 = N16 & bk_sel_r[1];
  assign N30 = bk_sel_r[0] & N17;
  assign N31 = bk_sel_r[0] & bk_sel_r[1];
  assign N32 = ~fwd_sel_r[0];
  assign N33 = ~fwd_sel_r[1];
  assign N34 = N32 & N33;
  assign N35 = N32 & fwd_sel_r[1];
  assign N36 = fwd_sel_r[0] & N33;
  assign N37 = fwd_sel_r[0] & fwd_sel_r[1];
  assign in_v_o[1] = N118 | N119;
  assign N118 = N116 | N117;
  assign N116 = N114 | N115;
  assign N114 = in_v_i[3] & \sbox_1_.fi1hot.fwd_sel_one_hot_r_1__3_ ;
  assign N115 = in_v_i[2] & \sbox_1_.fi1hot.fwd_sel_one_hot_r_1__2_ ;
  assign N117 = in_v_i[1] & \sbox_1_.fi1hot.fwd_sel_one_hot_r_1__1_ ;
  assign N119 = in_v_i[0] & \sbox_1_.fi1hot.fwd_sel_one_hot_r_1__0_ ;
  assign N42 = ~bk_sel_r[2];
  assign N43 = ~bk_sel_r[3];
  assign N44 = N42 & N43;
  assign N45 = N42 & bk_sel_r[3];
  assign N46 = bk_sel_r[2] & N43;
  assign N47 = bk_sel_r[2] & bk_sel_r[3];
  assign N49 = N42 & N43;
  assign N50 = N42 & bk_sel_r[3];
  assign N51 = bk_sel_r[2] & N43;
  assign N52 = bk_sel_r[2] & bk_sel_r[3];
  assign N53 = ~fwd_sel_r[2];
  assign N54 = ~fwd_sel_r[3];
  assign N55 = N53 & N54;
  assign N56 = N53 & fwd_sel_r[3];
  assign N57 = fwd_sel_r[2] & N54;
  assign N58 = fwd_sel_r[2] & fwd_sel_r[3];
  assign N59 = ~bk_dpath_sel_r_2;
  assign in_v_o[2] = N124 | N125;
  assign N124 = N122 | N123;
  assign N122 = N120 | N121;
  assign N120 = in_v_i[3] & \sbox_2_.fi1hot.fwd_sel_one_hot_r_2__3_ ;
  assign N121 = in_v_i[2] & \sbox_2_.fi1hot.fwd_sel_one_hot_r_2__2_ ;
  assign N123 = in_v_i[1] & \sbox_2_.fi1hot.fwd_sel_one_hot_r_2__1_ ;
  assign N125 = in_v_i[0] & \sbox_2_.fi1hot.fwd_sel_one_hot_r_2__0_ ;
  assign N64 = ~bk_sel_r[4];
  assign N65 = ~bk_sel_r[5];
  assign N66 = N64 & N65;
  assign N67 = N64 & bk_sel_r[5];
  assign N68 = bk_sel_r[4] & N65;
  assign N69 = bk_sel_r[4] & bk_sel_r[5];
  assign N70 = ~fwd_dpath_sel_r[4];
  assign N71 = N64 & N65;
  assign N72 = N64 & bk_sel_r[5];
  assign N73 = bk_sel_r[4] & N65;
  assign N74 = bk_sel_r[4] & bk_sel_r[5];
  assign N75 = ~fwd_sel_r[4];
  assign N76 = ~fwd_sel_r[5];
  assign N77 = N75 & N76;
  assign N78 = N75 & fwd_sel_r[5];
  assign N79 = fwd_sel_r[4] & N76;
  assign N80 = fwd_sel_r[4] & fwd_sel_r[5];
  assign in_v_o[3] = N130 | N131;
  assign N130 = N128 | N129;
  assign N128 = N126 | N127;
  assign N126 = in_v_i[3] & \sbox_3_.fi1hot.fwd_sel_one_hot_r_3__3_ ;
  assign N127 = in_v_i[2] & \sbox_3_.fi1hot.fwd_sel_one_hot_r_3__2_ ;
  assign N129 = in_v_i[1] & \sbox_3_.fi1hot.fwd_sel_one_hot_r_3__1_ ;
  assign N131 = in_v_i[0] & \sbox_3_.fi1hot.fwd_sel_one_hot_r_3__0_ ;
  assign N86 = ~bk_sel_r[6];
  assign N87 = ~bk_sel_r[7];
  assign N88 = N86 & N87;
  assign N89 = N86 & bk_sel_r[7];
  assign N90 = bk_sel_r[6] & N87;
  assign N91 = bk_sel_r[6] & bk_sel_r[7];
  assign N92 = N86 & N87;
  assign N93 = N86 & bk_sel_r[7];
  assign N94 = bk_sel_r[6] & N87;
  assign N95 = bk_sel_r[6] & bk_sel_r[7];
  assign N96 = ~fwd_sel_r[6];
  assign N97 = ~fwd_sel_r[7];
  assign N98 = N96 & N97;
  assign N99 = N96 & fwd_sel_r[7];
  assign N100 = fwd_sel_r[6] & N97;
  assign N101 = fwd_sel_r[6] & fwd_sel_r[7];
  assign N102 = ~bk_dpath_sel_r[6];
  assign N103 = ~bk_dpath_sel_r[7];
  assign N104 = N102 & N103;
  assign N105 = N102 & bk_dpath_sel_r[7];
  assign N106 = bk_dpath_sel_r[6] & N103;
  assign N107 = bk_dpath_sel_r[6] & bk_dpath_sel_r[7];

  always @(posedge clk_i) begin
    if(1'b1) begin
      fwd_sel_r_7_sv2v_reg <= fwd_sel[7];
      fwd_sel_r_6_sv2v_reg <= fwd_sel[6];
      fwd_sel_r_5_sv2v_reg <= fwd_sel[5];
      fwd_sel_r_4_sv2v_reg <= fwd_sel[4];
      fwd_sel_r_3_sv2v_reg <= fwd_sel[3];
      fwd_sel_r_2_sv2v_reg <= fwd_sel[2];
      fwd_sel_r_1_sv2v_reg <= fwd_sel[1];
      fwd_sel_r_0_sv2v_reg <= fwd_sel[0];
      fwd_dpath_sel_r_4_sv2v_reg <= fwd_dpath_sel[4];
      fwd_dpath_sel_r_3_sv2v_reg <= fwd_dpath_sel[3];
      fwd_dpath_sel_r_2_sv2v_reg <= fwd_dpath_sel[2];
      fwd_dpath_sel_r_1_sv2v_reg <= fwd_dpath_sel[1];
      fwd_dpath_sel_r_0_sv2v_reg <= fwd_dpath_sel[0];
      bk_sel_r_7_sv2v_reg <= bk_sel[7];
      bk_sel_r_6_sv2v_reg <= bk_sel[6];
      bk_sel_r_5_sv2v_reg <= bk_sel[5];
      bk_sel_r_4_sv2v_reg <= bk_sel[4];
      bk_sel_r_3_sv2v_reg <= bk_sel[3];
      bk_sel_r_2_sv2v_reg <= bk_sel[2];
      bk_sel_r_1_sv2v_reg <= bk_sel[1];
      bk_sel_r_0_sv2v_reg <= bk_sel[0];
      bk_dpath_sel_r_7_sv2v_reg <= bk_dpath_sel[7];
      bk_dpath_sel_r_6_sv2v_reg <= bk_dpath_sel[6];
      bk_dpath_sel_r_5_sv2v_reg <= bk_dpath_sel[5];
      bk_dpath_sel_r_4_sv2v_reg <= bk_dpath_sel[4];
      bk_dpath_sel_r_2_sv2v_reg <= bk_dpath_sel[2];
      \sbox_0_.fi1hot.fwd_sel_one_hot_r_0__3__sv2v_reg  <= N15;
      \sbox_0_.fi1hot.fwd_sel_one_hot_r_0__2__sv2v_reg  <= N14;
      \sbox_0_.fi1hot.fwd_sel_one_hot_r_0__1__sv2v_reg  <= N13;
      \sbox_0_.fi1hot.fwd_sel_one_hot_r_0__0__sv2v_reg  <= N12;
      \sbox_1_.fi1hot.fwd_sel_one_hot_r_1__3__sv2v_reg  <= N41;
      \sbox_1_.fi1hot.fwd_sel_one_hot_r_1__2__sv2v_reg  <= N40;
      \sbox_1_.fi1hot.fwd_sel_one_hot_r_1__1__sv2v_reg  <= N39;
      \sbox_1_.fi1hot.fwd_sel_one_hot_r_1__0__sv2v_reg  <= N38;
      \sbox_2_.fi1hot.fwd_sel_one_hot_r_2__3__sv2v_reg  <= N63;
      \sbox_2_.fi1hot.fwd_sel_one_hot_r_2__2__sv2v_reg  <= N62;
      \sbox_2_.fi1hot.fwd_sel_one_hot_r_2__1__sv2v_reg  <= N61;
      \sbox_2_.fi1hot.fwd_sel_one_hot_r_2__0__sv2v_reg  <= N60;
      \sbox_3_.fi1hot.fwd_sel_one_hot_r_3__3__sv2v_reg  <= N85;
      \sbox_3_.fi1hot.fwd_sel_one_hot_r_3__2__sv2v_reg  <= N84;
      \sbox_3_.fi1hot.fwd_sel_one_hot_r_3__1__sv2v_reg  <= N83;
      \sbox_3_.fi1hot.fwd_sel_one_hot_r_3__0__sv2v_reg  <= N82;
    end 
  end


endmodule